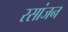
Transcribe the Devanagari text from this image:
रसांजन